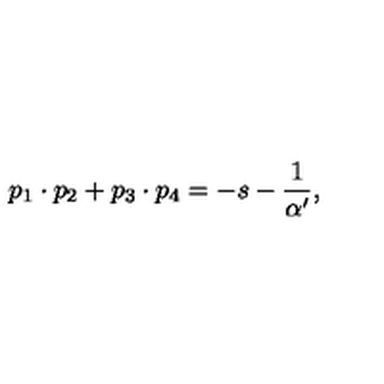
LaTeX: p _ { 1 } \cdot p _ { 2 } + p _ { 3 } \cdot p _ { 4 } = - s - \frac { 1 } { \alpha ^ { \prime } } ,